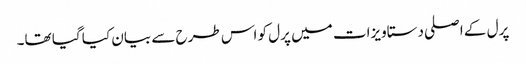
پرل کے اصلی دستاویزات میں پرل کو اس طرح سے بیان کیا گیا تھا۔